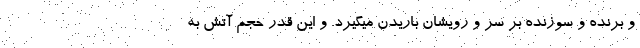
و برنده و سوزنده بر سر و رویشان باریدن میگیرد. و این قدر حجم آتش به